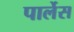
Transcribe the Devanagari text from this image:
पार्लेस